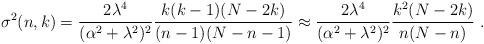
LaTeX: \begin{align*}\sigma^2(n,k)= \frac{2\lambda^4 }{(\alpha^2+\lambda^2)^2 }\frac{k(k-1)(N-2k)}{(n-1)(N-n-1)} \approx \frac{2\lambda^4 }{(\alpha^2+\lambda^2)^2 }\frac{k^2(N-2k)}{n(N-n)}\ .\end{align*}